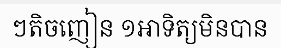
ៗតិចញៀន ១អាទិត្យមិនបាន